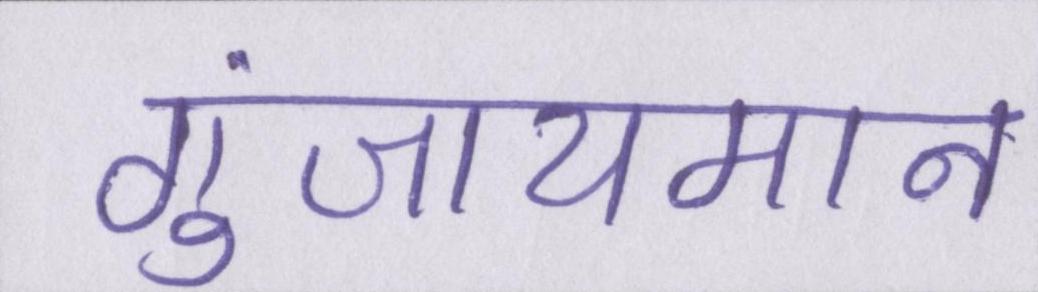
गुंजायमान